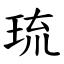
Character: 琉